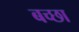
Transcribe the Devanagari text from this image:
बच्छा